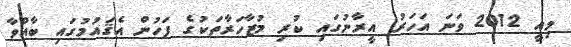
މިއީ 2012 ވަނަ އަހަރު އީރާނުގައި ކުރި މުޒާހަރާތަކުގެ ފަހުން އެޤައުމުގައި ބާއްވާ